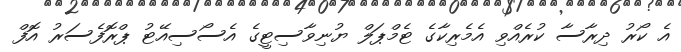
އެ ކޯރު ދިރާސާ ކުރެއްވި އެމެރިކާގެ ޓެމްޕަލް ޔުނިވާސިޓީގެ އެސޯސިއޭޓު ޕްރޮފެސަރު އޮފް